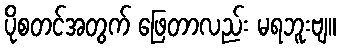
ပိုစတင်အတွက် ဖြေတာလည်း မရဘူးဗျ။